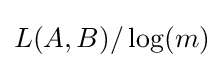
L(A,B)/\log(m)